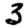
Digit: 3